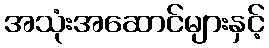
အသုံးအဆောင်များနှင့်